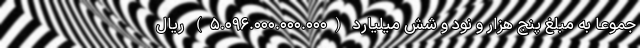
جموعاً به مبلغ پنج هزار و نود و شش میلیارد (۵.۰۹۶.۰۰۰.۰۰۰.۰۰۰) ریال